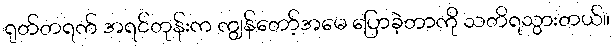
ရုတ်တရက် အရင်တုန်းက ကျွန်တော့်အမေ ပြောခဲ့တာကို သတိရသွားတယ်။